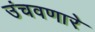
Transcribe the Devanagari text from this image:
उंचवणारे